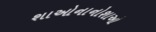
શાઓનાનોશાઓ